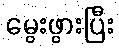
မွေးဖွားပြီး